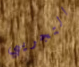
التجريبي